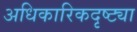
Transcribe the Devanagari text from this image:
अधिकारिकदृष्ट्या